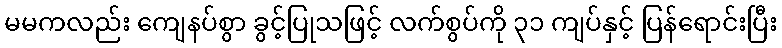
မမကလည်း ကျေနပ်စွာ ခွင့်ပြုသဖြင့် လက်စွပ်ကို ၃၁ ကျပ်နှင့် ပြန်ရောင်းပြီး